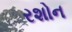
રશોન